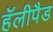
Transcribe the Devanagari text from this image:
हॅलीपैड